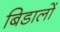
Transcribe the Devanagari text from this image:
बिडालों